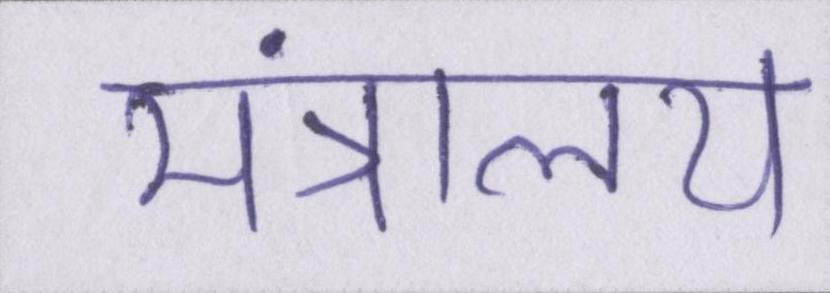
मंत्रालय